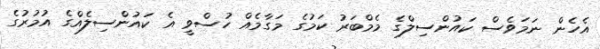
އެހެން ނަމަވެސް ކައުންސިލްގެ މެމްބަރު ކަމުގެ މަގާމެއް ހުސްވީ އެ ކައުންސިލެއްގެ އުމުރުގެ